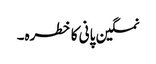
نمکین پانی کا خطرہ۔